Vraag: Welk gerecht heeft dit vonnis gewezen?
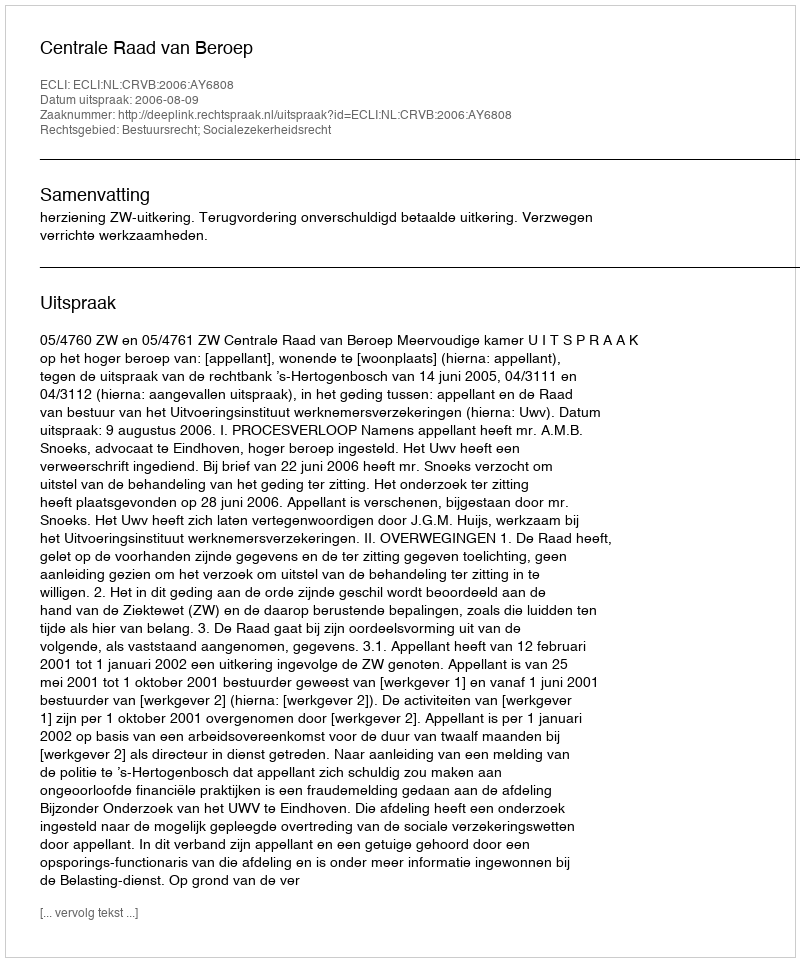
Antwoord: Centrale Raad van Beroep